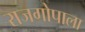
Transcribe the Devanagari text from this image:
राजगोपाला